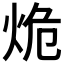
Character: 𰞒